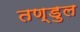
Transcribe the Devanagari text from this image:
तण्डुल